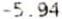
-5.94